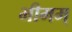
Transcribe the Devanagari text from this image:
भीमम्